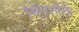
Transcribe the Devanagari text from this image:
चित्तशक्ति